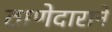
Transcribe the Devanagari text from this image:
ठाणेदाराने